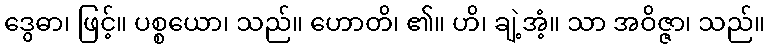
ဒွေဓာ၊ ဖြင့်။ ပစ္စယော၊ သည်။ ဟောတိ၊ ၏။ ဟိ၊ ချဲ့အံ့။ သာ အဝိဇ္ဇာ၊ သည်။